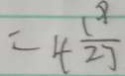
= 4 \frac { 1 9 } { 2 7 }